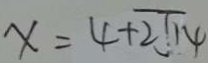
x = 4 + 2 \sqrt { 1 4 }